Annual statistical returns and brief notes on vaccination in Bengal - 1887-1898
Year: 1887
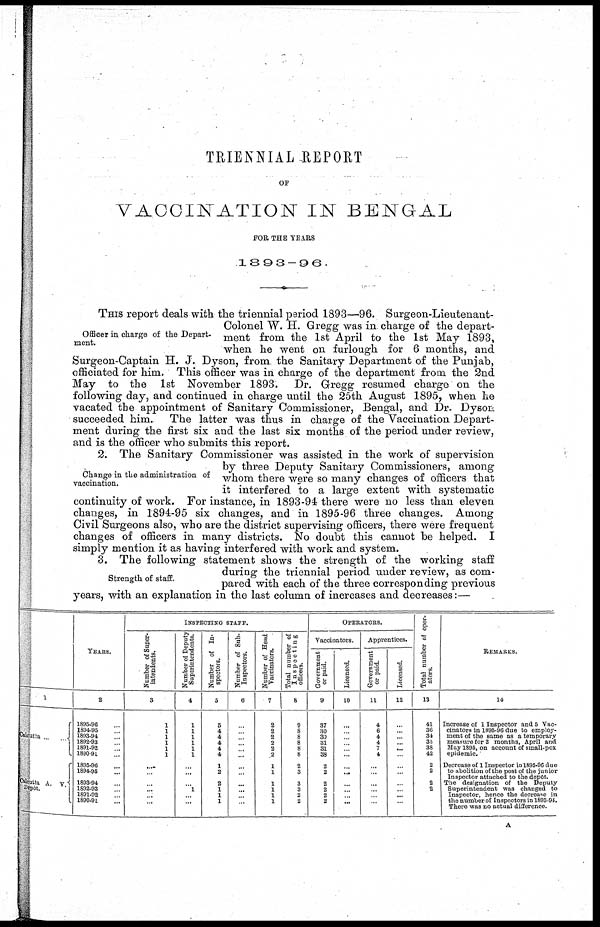
TRIENNIAL REPORT
OF
VACCINATION IN BENGAL
FOR THE YEARS
1893-96.
Officer in charge of the Depart-
ment.
THIS report deals with the triennial period 1893—96. Surgeon-Lieutenant-
Colonel W. H. Gregg was in. charge of the depart-
ment from the 1st April to the 1st May 1893,
when he went on furlough for 6 months, and
Surgeon-Captain H. J. Dyson, from the Sanitary Department of the Punjab,
officiated for him. This officer was in charge of the department from the 2nd
May to the 1st November 1893. Dr. Gregg resumed charge on the
following day, and continued in charge until the 25th August 1895, when he
vacated the appointment of Sanitary Commissioner, Bengal, and Dr. Dyson
succeeded him. The latter was thus in charge of the Vaccination Depart-
ment during the first six and the last six months of the period under review,
and is the officer who submits this report.
Change in the administration of
vaccination.
2. The Sanitary Commissioner was assisted in the work of supervision
by three Deputy Sanitary Commissioners, among
whom there were so many changes of officers that
it interfered to a large extent with systematic
continuity of work. For instance, in 1893-94 there were no less than eleven
changes, in 1894-95 six changes, and in 1895-96 three changes. Among
Civil Surgeons also, who are the district supervising officers, there were frequent
changes of officers in many districts. No doubt this cannot be helped. I
simply mention it as having interfered with work and system.
Strength of staff.
3. The following statement shows the strength of the working staff
during the triennial period under review, as com-
pared with each of the three corresponding previous
years, with an explanation in the last column of increases and decreases:—
1
Calcutta ... ...
Calcutta A. v.
Depôt.
YEARS.
2
1895-96 ...
1894-95 ...
1893-94 ...
1892-93 ...
1891-92 ...
1890-91 ...
1895-96 ...
1894-95 ...
1893-94 ...
1892-93 ...
1891-92 ...
1890-91 ...
INSPECTING STAFF.
Number of Super-
intendents.
3
1
1
1
1
1
1
...
...
...
...
...
...
Number of Deputy
Superintendents.
4
1
1
1
1
1
1
...
...
...
1
...
...
Number of In-
spectors.
5
5
4
4
4
4
4
1
2
2
1
1
1
Number of Sub-
Inspectors.
6
...
...
...
...
...
...
...
...
...
...
...
...
Number of Head
Vaccinators.
7
2
2
2
2
2
2
1
1
1
1
1
1
Total number of
Inspecting
officers.
8
9
8
8
8
8
8
2
3
3
3
2
2
OPERATORS.
Vaccinators.
Government
or paid.
9
37
30
30
31
31
38
2
2
2
2
2
2
Licensed.
10
...
...
...
...
...
...
...
...
...
...
...
...
Apprentices.
Government
or paid.
11
4
6
4
4
7
4
...
...
...
...
...
...
Licensed.
12
...
...
...
...
...
...
...
...
...
...
...
...
Total number of oper-
ators.
13
41
36
34
35
38
42
2
2
2
2
...
...
REMARKS.
14
Increase of 1 Inspector and 5 Vac-
cinators in 1895-96 due to employ-
ment of the same as a temporary
measure for 2 months, April and
May 1895, on account of small-pox
epidemic.
Decrease of 1 Inspector in 1895-96 due
to abolition of the post of the junior
Inspector attached to the depôt.
The designation of the Deputy
Superintendent was changed to
Inspector, hence the decrease in
the number of Inspectors in 1893-94.
There was no actual difference.
A